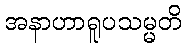
အနာဟာရူပသမ္မတိ